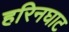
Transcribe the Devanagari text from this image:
हरिनघाट